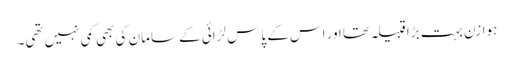
ہوازن بہت بڑا قبیلہ تھا اور اس کے پاس لڑائی کے سامان کی بھی کمی نہیں تھی۔